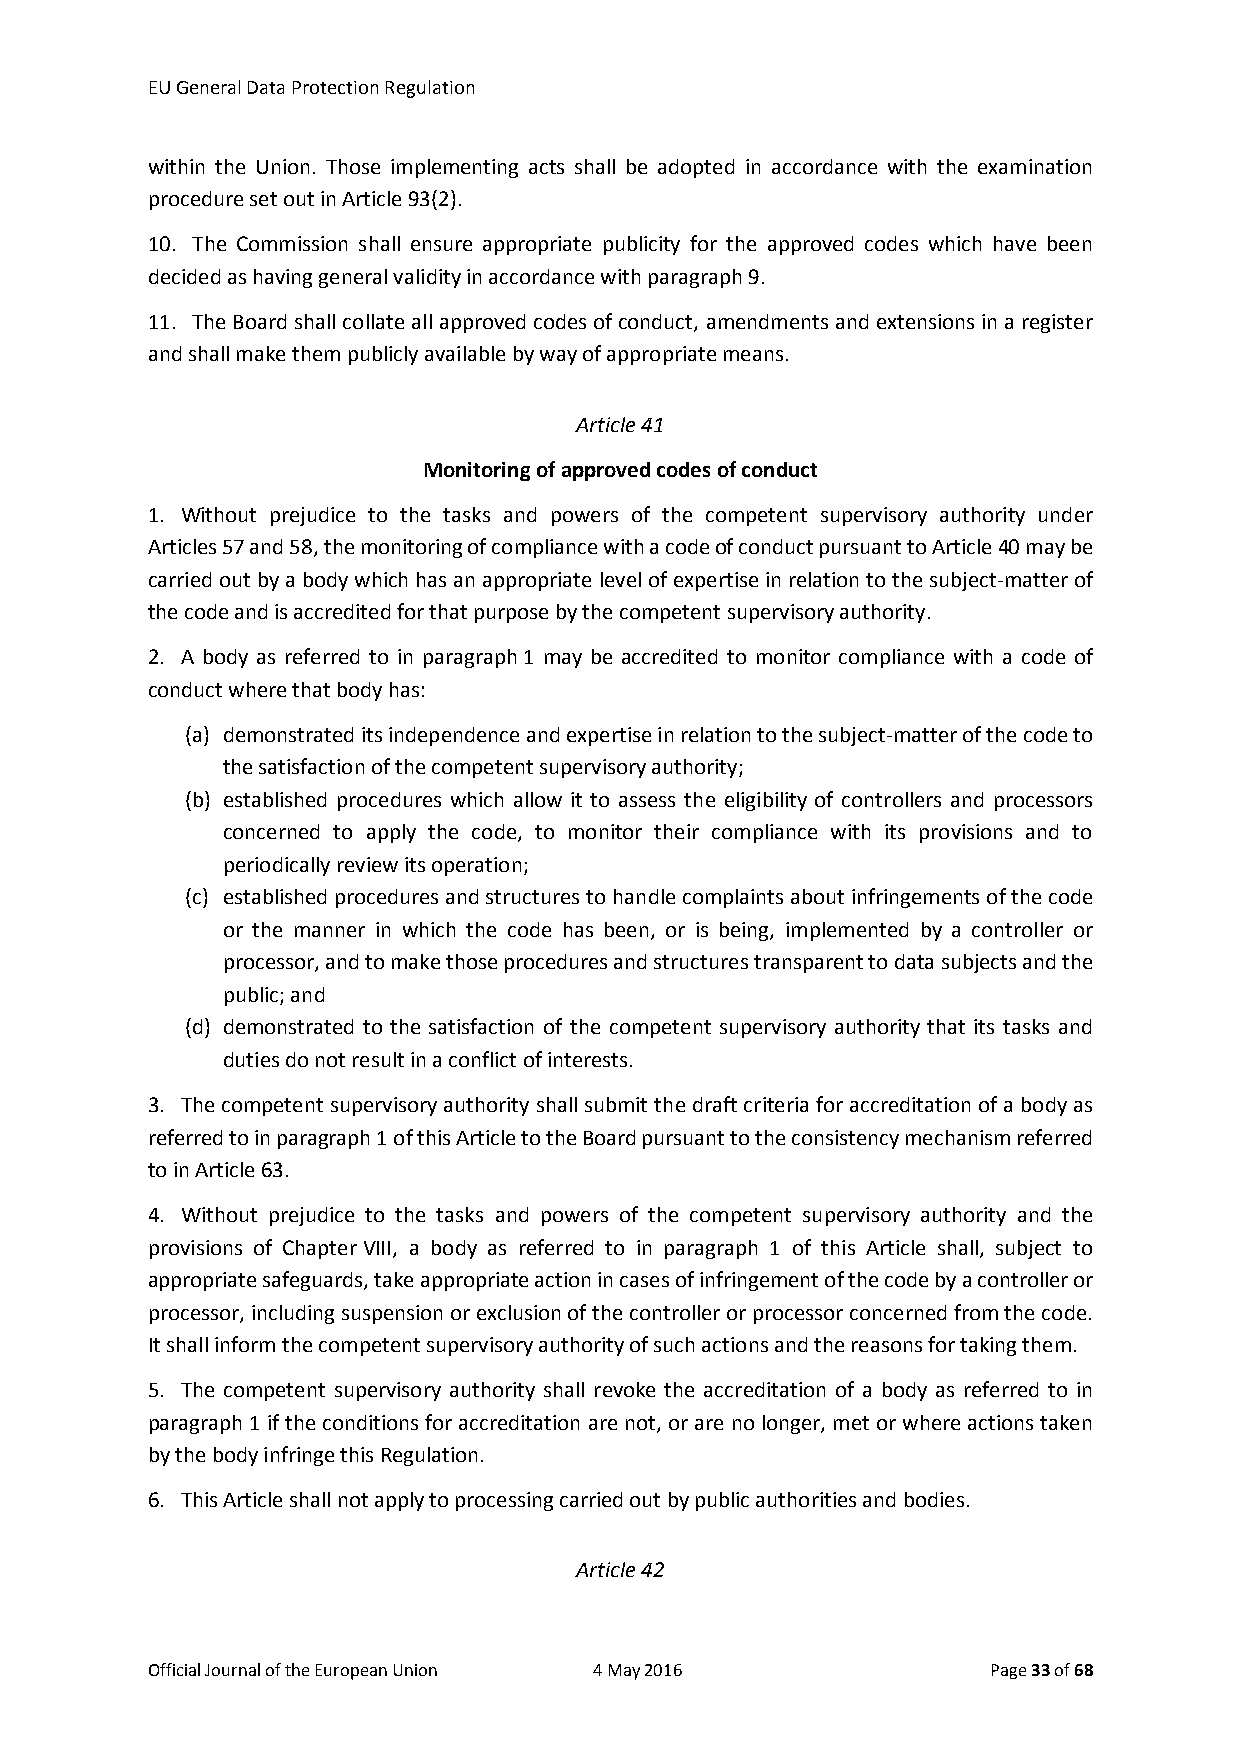
EU General Data Protection Regulation
 within the Union. Those implementing acts shall be adopted in accordance with the examination
 procedure set out in Article 93(2).
 10. The Commission shall ensure appropriate publicity for the approved codes which have been
 decided as having general validity in accordance with paragraph 9.
 11. The Board shall collate all approved codes of conduct, amendments and extensions in a register
 and shall make them publicly available by way of appropriate means.
 Article 41
 Monitoring of approved codes of conduct
 1. Without prejudice to the tasks and powers of the competent supervisory authority under
 Articles 57 and 58, the monitoring of compliance with a code of conduct pursuant to Article 40 may be
 carried out by a body which has an appropriate level of expertise in relation to the subject-matter of
 the code and is accredited for that purpose by the competent supervisory authority.
 2. A body as referred to in paragraph 1 may be accredited to monitor compliance with a code of
 conduct where that body has:
 (a) demonstrated its independence and expertise in relation to the subject-matter of the code to
 the satisfaction of the competent supervisory authority;
 (b) established procedures which allow it to assess the eligibility of controllers and processors
 concerned to apply the code, to monitor their compliance with its provisions and to
 periodically review its operation;
 (c) established procedures and structures to handle complaints about infringements of the code
 or the manner in which the code has been, or is being, implemented by a controller or
 processor, and to make those procedures and structures transparent to data subjects and the
 public; and
 (d) demonstrated to the satisfaction of the competent supervisory authority that its tasks and
 duties do not result in a conflict of interests.
 3. The competent supervisory authority shall submit the draft criteria for accreditation of a body as
 referred to in paragraph 1 of this Article to the Board pursuant to the consistency mechanism referred
 to in Article 63.
 4. Without prejudice to the tasks and powers of the competent supervisory authority and the
 provisions of Chapter VIII, a body as referred to in paragraph 1 of this Article shall, subject to
 appropriate safeguards, take appropriate action in cases of infringement of the code by a controller or
 processor, including suspension or exclusion of the controller or processor concerned from the code.
 It shall inform the competent supervisory authority of such actions and the reasons for taking them.
 5. The competent supervisory authority shall revoke the accreditation of a body as referred to in
 paragraph 1 if the conditions for accreditation are not, or are no longer, met or where actions taken
 by the body infringe this Regulation.
 6. This Article shall not apply to processing carried out by public authorities and bodies.
 Article 42
 Official Journal of the European Union 4 May 2016       Page 33 of 68